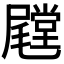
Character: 𱛁